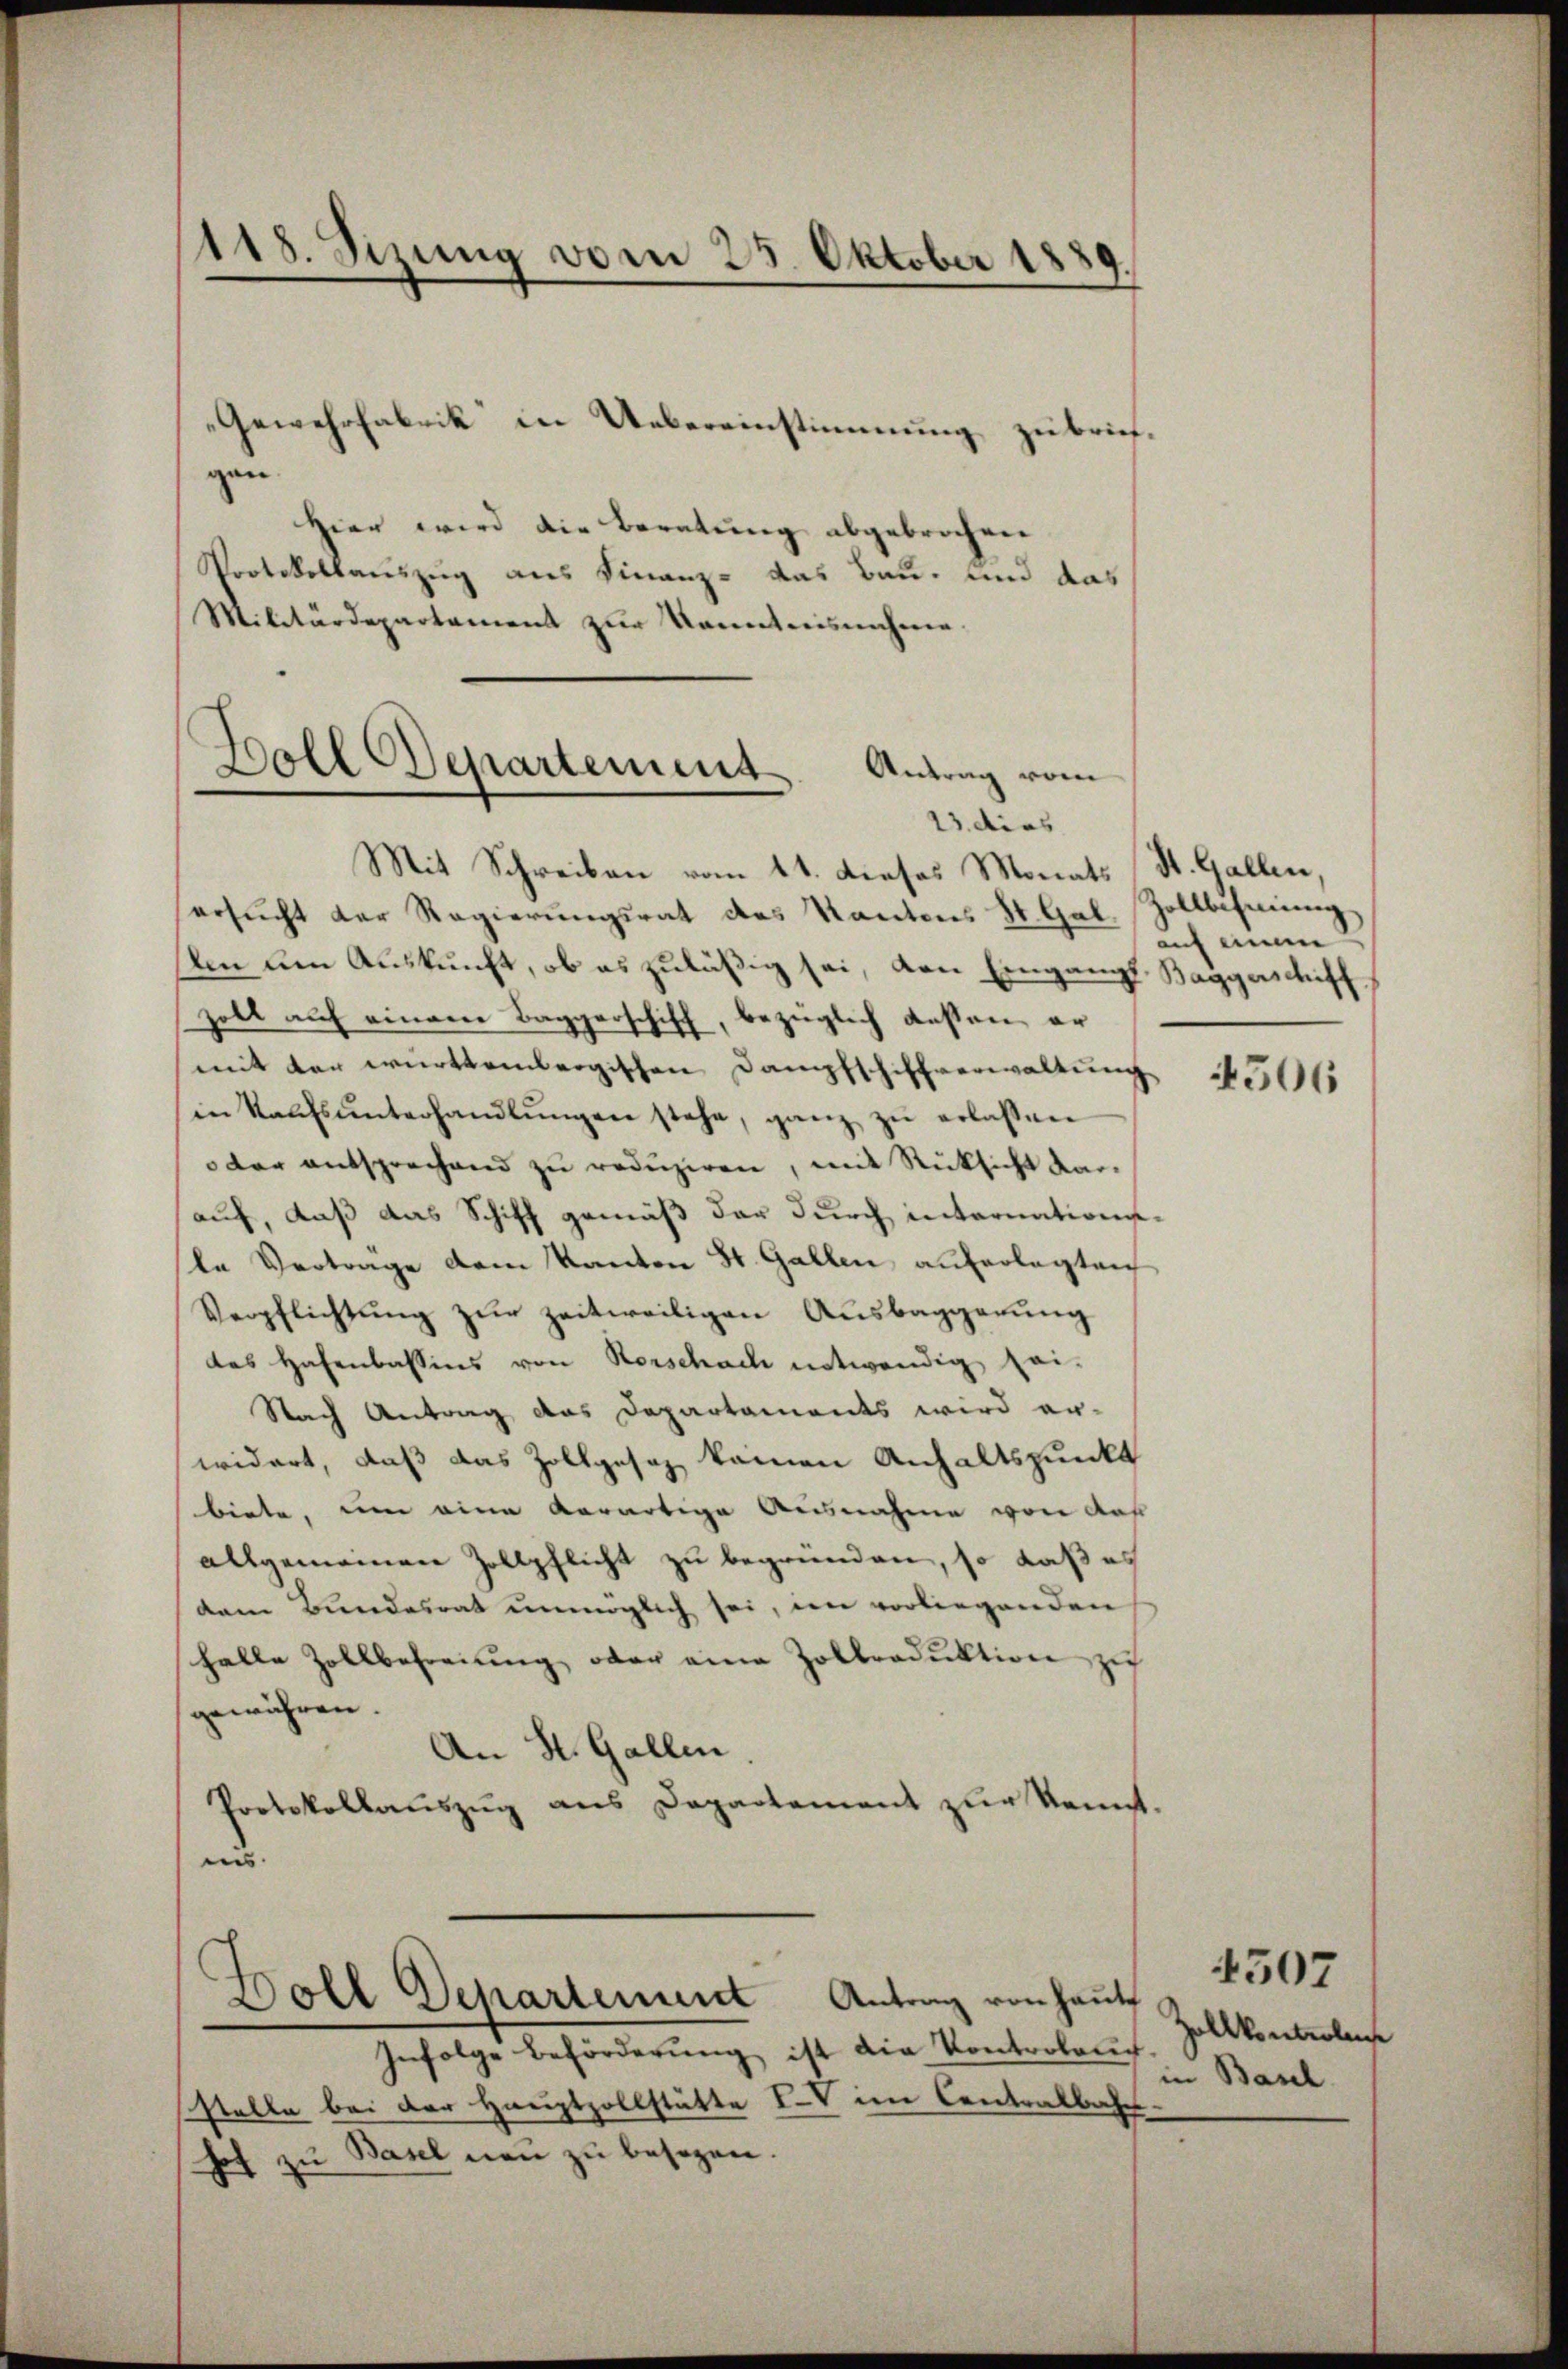
118. Sizung vom 25. Oktober 1889.

gen.
Hier wird die Beratung abgebrochen
Protokollauszug aus Finanz- das Bau- und das
Militärdepartament zur Kenntnisnehme.

Holl Departement
Antrag vom
13. dies

Gewehrfabrik in Uebereinstimmung zubrief¬

Antrag von Haute
Boll Departement

Mit Schreiben vom 11. Dieses Monats (St. Gallen,
ersucht der Regierungsrat des Kantons St. Gal, Zollbehmung
An den Auskunft, ob es zuläßig sei, von Eingangs Baggerschiff
zoll auf einem Baggerschiff, bezüglich dessen er
mit der württembergischen Dampfschiffverwaltung
in Kaŭfsŭnterhandlŭngen stehe, ganz zŭ erlassen
 der entsprechend zu reduziren, mit Rücksicht darauf, daß das Schiff gemäß der durch internationsle Verträge dem Kanton St. Gallen auferlegten
Verpflichtung zur zeitweiligen Ausbaggerung
das Hafenbassins von Rorschach notwendig sei-
Nach Antrag das Departaments wird er-
widert, daß das Zollgesez keinen Anhaltspunkt
biete, um eine Aerartige Ausnahme von das
allgemeinen Zollpflicht zu begründen, so daß es
dem Bundesrat unmöglich sei, im vorliegenden
schalle Zollbefreiung oder eine Zollroduktion zu
gewähren.
An St. Gallen
Protokollauszug aus Departement zur Kennt.
ins

Infolge Beförderung ist die Kontrolang
stelle bei der Hauptzollstätte IV im Contralba
hof zu Basel neu zu besagen.

auf einem

4506

pollkonterleiche
in Basel

4507